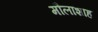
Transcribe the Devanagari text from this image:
मौलाशाह